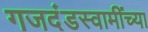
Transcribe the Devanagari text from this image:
गजदंडस्वामींच्या